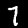
Digit: 7